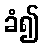
ခံ၍